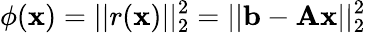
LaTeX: \phi(\mathbf{x})=||r(\mathbf{x})||_{2}^{2}=||\mathbf{b}-\mathbf{Ax}||_{2}^{2}